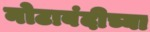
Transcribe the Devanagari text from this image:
नोटाबंदीच्या